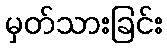
မှတ်သားခြင်း